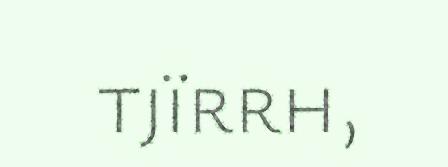
tjïrrh,